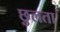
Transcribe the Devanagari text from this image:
छुलता